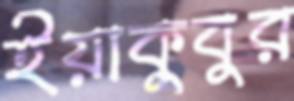
ইয়াকুবুর